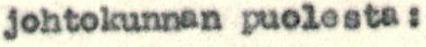
johtokunnan puolesta: